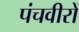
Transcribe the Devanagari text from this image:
पंचवीरों